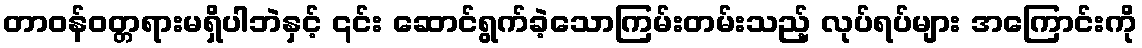
တာဝန်ဝတ္တရားမရှိပါဘဲနှင့် ၎င်း ဆောင်ရွက်ခဲ့သောကြမ်းတမ်းသည့် လုပ်ရပ်များ အကြောင်းကို